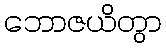
ဘောဇယိတွာ